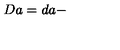
D a = d a -